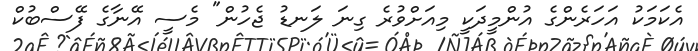
އެކަމަކު އަހަރެންގެ އުންމީދަކީ މިއަށްވުރެ ގިނަ ލަނޑު ޖެހުން" މެސީ އޭނާގެ ފޭސްބުކް